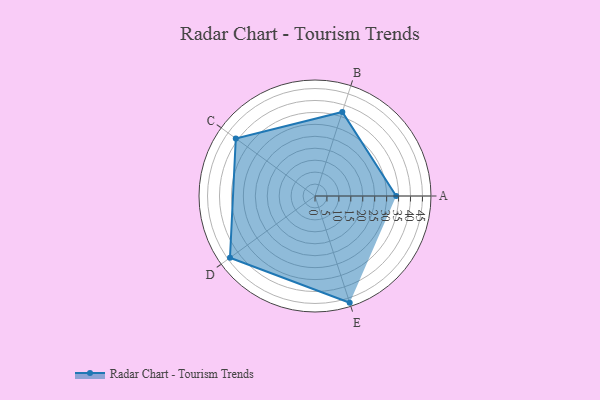
{"axis": {"x": "Skill", "y": "Score"}, "legend": ["Profile"], "data": [{"x": "A", "y": 34.0, "type": "Profile"}, {"x": "B", "y": 37.0, "type": "Profile"}, {"x": "C", "y": 41.0, "type": "Profile"}, {"x": "D", "y": 44.0, "type": "Profile"}, {"x": "E", "y": 47.0, "type": "Profile"}]}